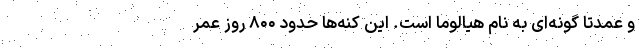
و عمدتاً گونه‌ای به نام هیالوما است. این کنه‌ها حدود ۸۰۰ روز عمر